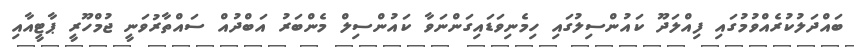
ބައްދަލުކުރެއްވުމުގައި ފިއްލަދޫ ކައުންސިލުގައި ހިމެނިވަޑައިގަންނަވާ ކައުންސިލް މެންބަރު އަބްދުއް ސައްތާރުވަނީ ޖުމްހޫރީ ޕާޓީއާއި